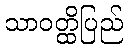
သာဝတ္ထိပြည်